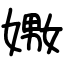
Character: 嫐